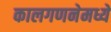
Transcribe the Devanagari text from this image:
कालगणनेमध्ये